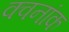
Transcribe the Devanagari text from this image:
क्वनांक